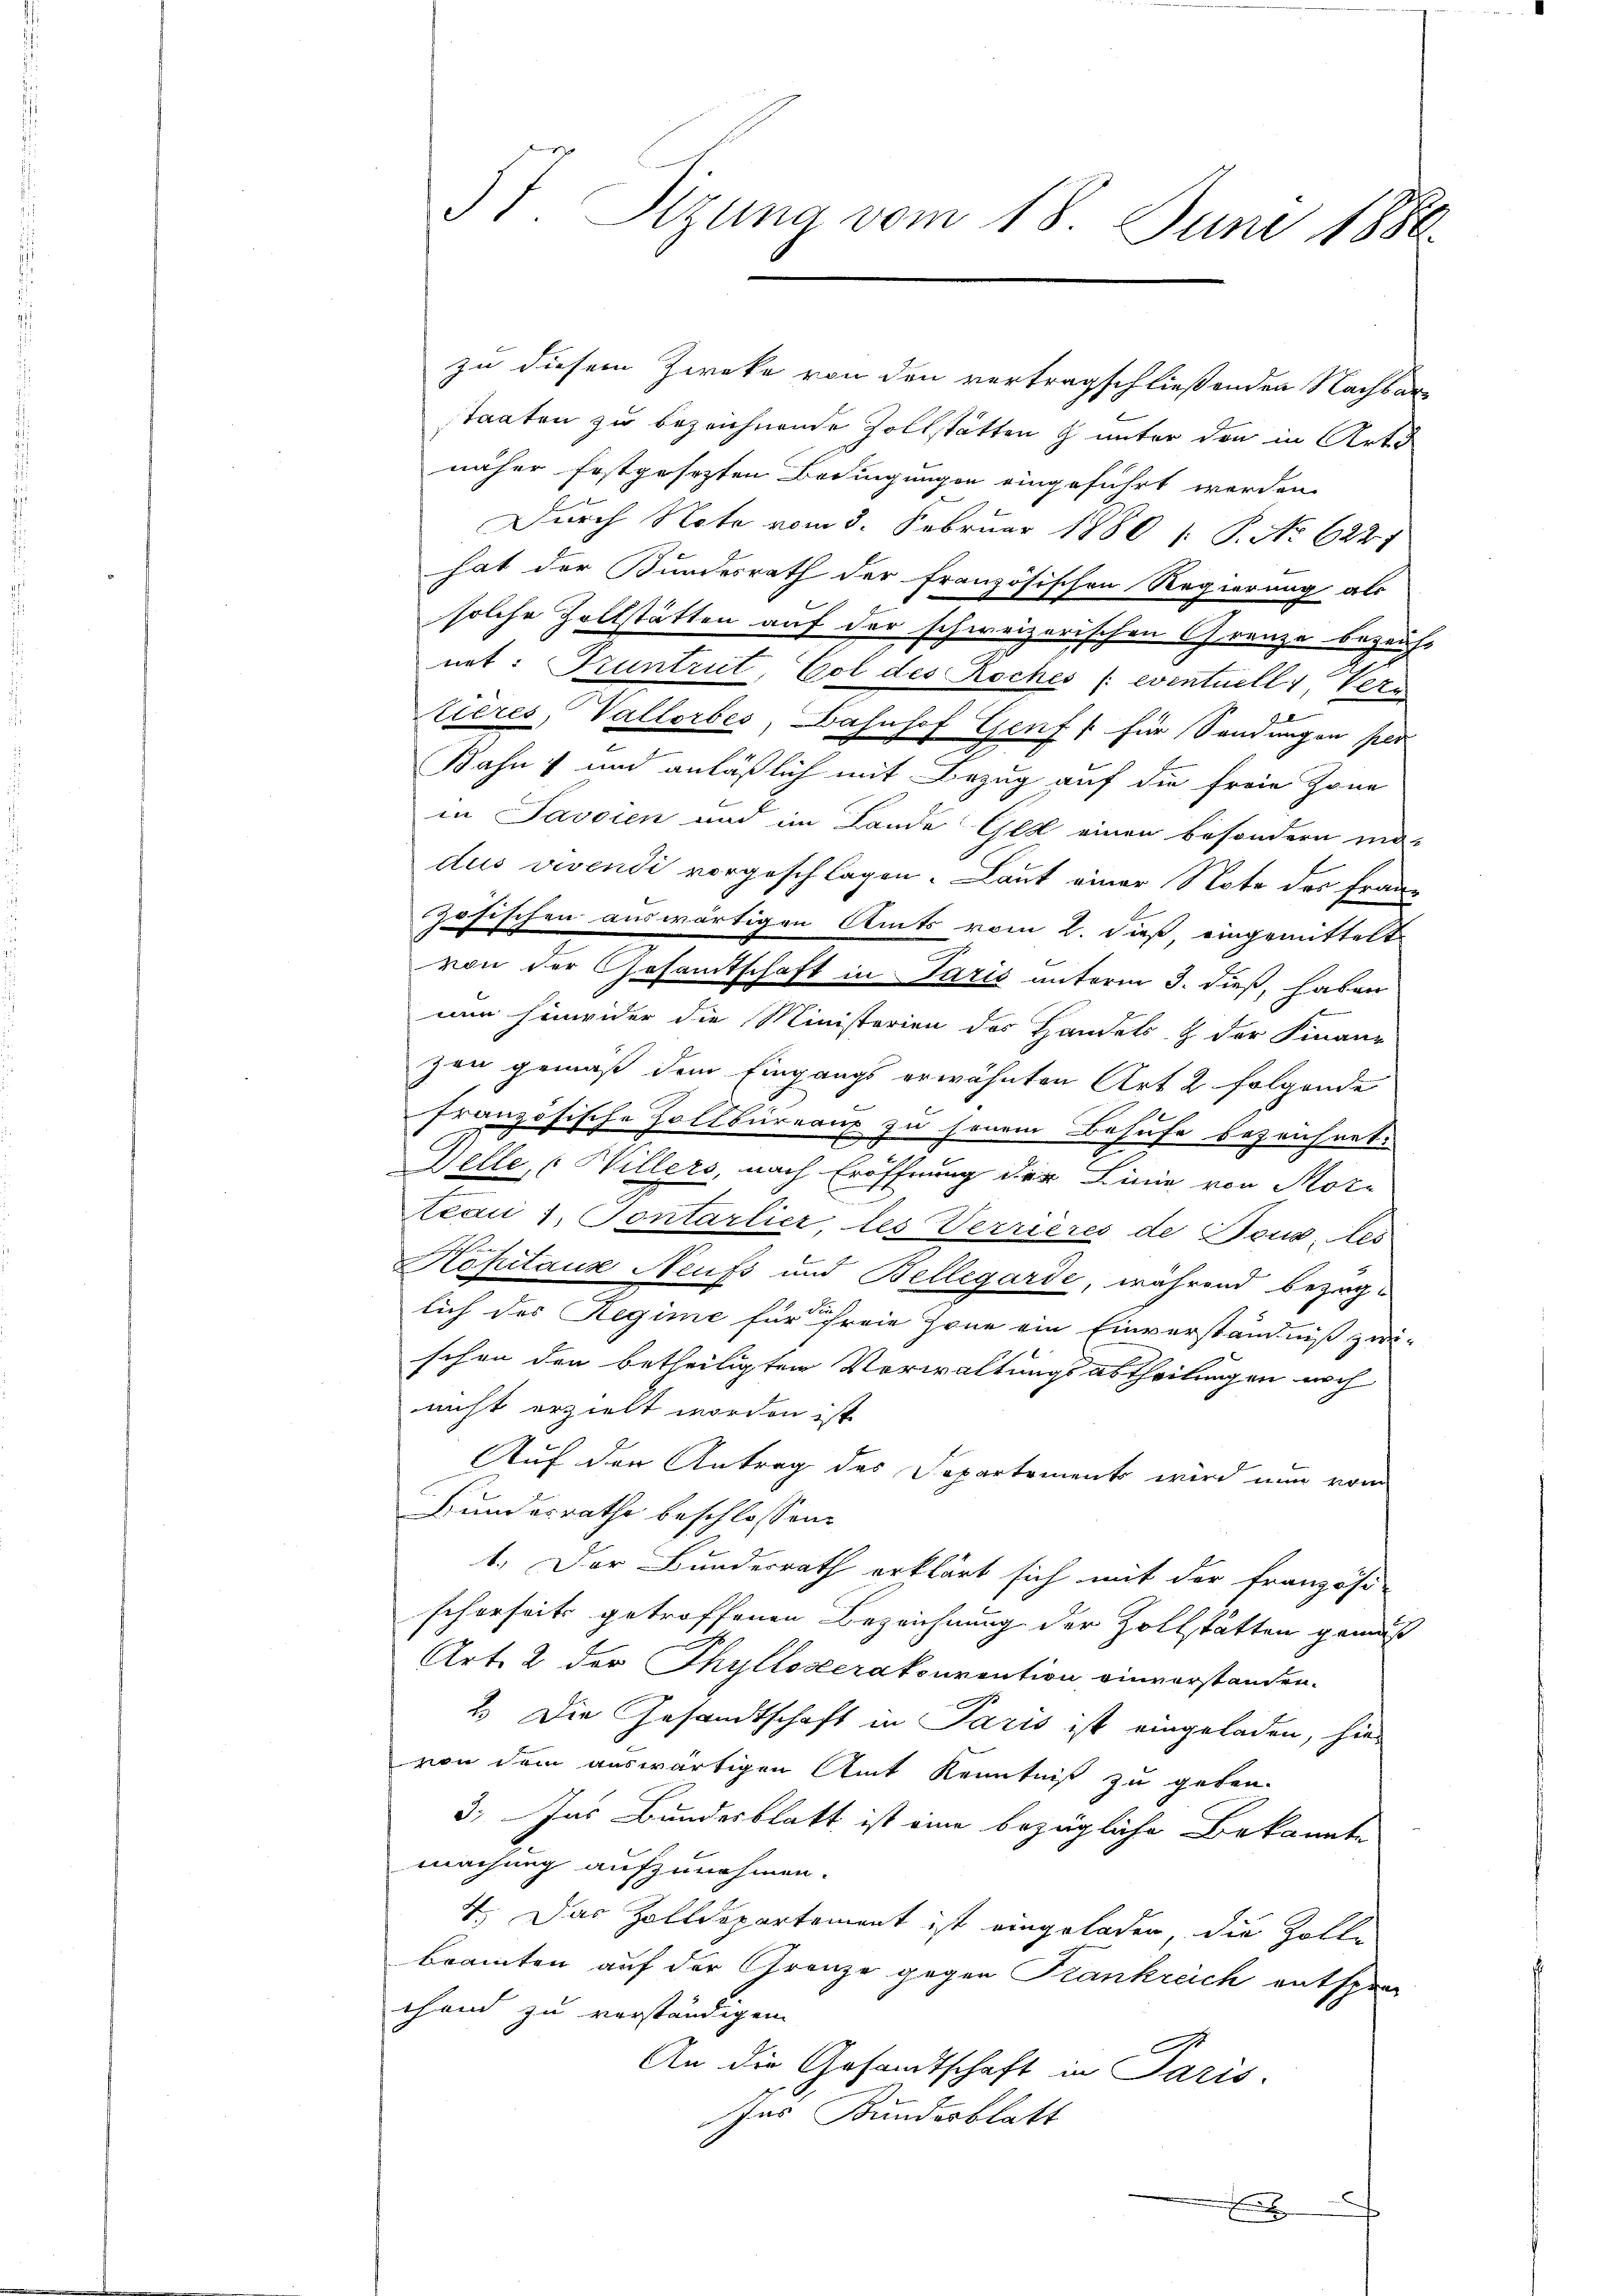
57 Sizung vom 18. Juni 1886.

zu diesem Zwecke von den vertragschließenden Nachbarstaaten zu bezeichnende Zollstätten & unter den in Arten
näher festgesezten Bedingungen eingeführt werden.
Durch Note vom 3. Februar 1880 /: P. No 6221
hat der Bundesrath der französischen Regierung als
solche Zollstätten auf der schweizerischen Grenze bezeich-
net: Gruntreit, Eol des Roches (eventuelli, Vern
tieres, Vallorbes, Bahnhof Genf für Sendungen per
Bahn und anläßlich mit Bezug auf die freie Zone
in Javaien und im Lande Gek einen besondern ma-
dus vivendi vorgeschlagen. Laut einer Note des Franz
zösischen auswärtigen Amts vom 2. dieß eingemittelt
von der Gesamtschaft in Paris unterm 3. dieß, haben
nun hinwider die Ministerien des Handels & der Finanz
zen gemäß dem Eingangs erwähnten Art 2 folgende
französische Zollbüreaus zu jenem Behufe bezeichnet.
n
B
Delle, (Willers, nach Eröffnung der Linie von Morteon 1. Sontarlier, les Terrieres de Beus, les
Kopitaus Neufs und Bellegarde, während bezüglich des Regime für freie Zeune ein Einverständniß zwischen den betheiligten Verwaltungsabtheilungen noch
nicht erzielt worden ist.
Auf der Antrag des Separtement wird nun vom
Bundesrathe beschlossen:
1. Der Bundesrath erklärt sich mit der französi-
schorseits getroffenen Bezeichnung der Zollstatten gemäß
Art. 2 der Thylloverakonvention einverstanden.
2. Die Gesandtschaft in Paris ist eingeladen, hier
von dem auswärtigen Amt Kenntniß zu geben.
3. Das Bundesblatt ist eine bezügliche Bekannte
machung aufzunehmen.
4. Das Zolldepartement ist eingeladen, die Zolle
bramten auf der Grenze gegen Krankreich entspre
thend zu verständigen
An die Gesandtschaft in Paris
Ins Bunderblatt

x